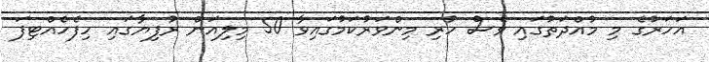
އަހަރުގެ މި މުއްދަތުގައި ވެސް ހުރި މިންވަރުކަމުގައިވާ 50 މިލިއަން ރުފިޔާގައި ހިފެހެއްޓިފަ